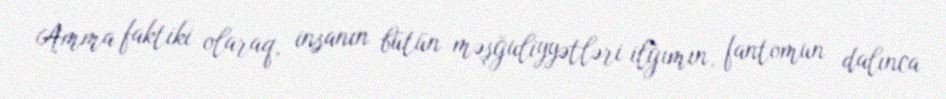
Amma faktiki olaraq, insanın bütün məşğuliyyətləri ilğımın, fantomun dalınca